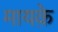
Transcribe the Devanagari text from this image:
मायक़े